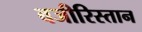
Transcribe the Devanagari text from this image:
बजीरिस्तान